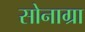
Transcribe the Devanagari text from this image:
सोनाग्रा